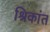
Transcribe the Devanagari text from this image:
श्रिकांत